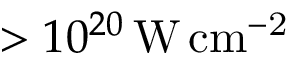
> 1 0 ^ { 2 0 } \, \mathrm { W \, c m ^ { - 2 } }